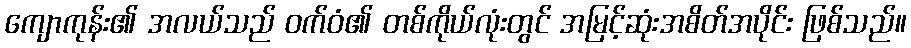
ကျောကုန်း၏ အလယ်သည် ဝက်ဝံ၏ တစ်ကိုယ်လုံးတွင် အမြင့်ဆုံးအစိတ်အပိုင်း ဖြစ်သည်။